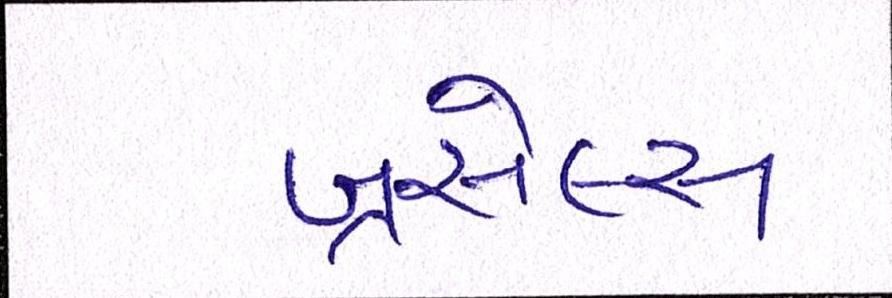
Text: બ્રસેલ્સ